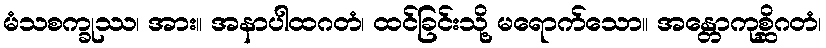
မံသစက္ခုဿ၊ အား။ အနာပါထဂတံ၊ ထင်ခြင်းသို့ မရောက်သော။ အန္တောကုစ္ဆိဂတံ၊